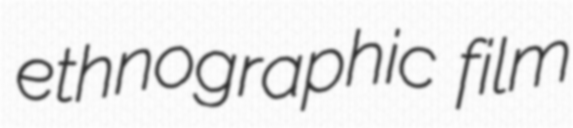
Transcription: ethnographic film